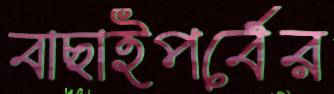
বাছাইপর্বের